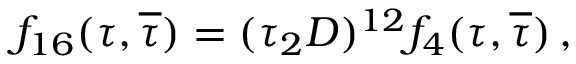
f _ { 1 6 } ( \tau , { \overline { { \tau } } } ) = ( \tau _ { 2 } { \cal D } ) ^ { 1 2 } f _ { 4 } ( \tau , { \overline { { \tau } } } ) \, ,